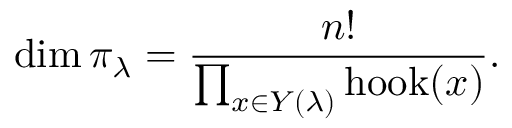
\dim \pi _ { \lambda } = { \frac { n ! } { \prod _ { x \in Y ( \lambda ) } \operatorname { h o o k } ( x ) } } .